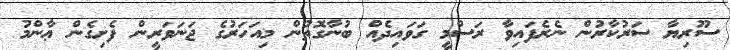
ސޫރިޔާ ސަރުކާރުން ނެރެފައިވާ ރަސްމީ ގަވައިދެއް ބުނާގޮތުން މިއަހަރުގެ ޖަނަވަރީން ފެށިގެން ޢާންމު